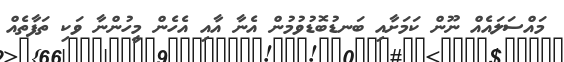
މައްސަލައެއް ނޫން ކަމަށާއި ބަނޑުބޮޑުވުމުން އެނާ އާއި އެހެން މީހުންނާ ވަކި ތަފާތެއް